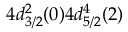
4 d _ { 3 / 2 } ^ { 2 } ( 0 ) 4 d _ { 5 / 2 } ^ { 4 } ( 2 )